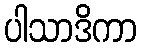
ပါသာဒိကာ